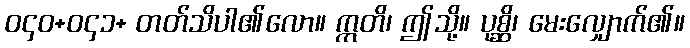
ဝ၄၀+ဝ၄၁+ တတ်သိပါ၏လော။ ဣတိ၊ ဤသို့။ ပုစ္ဆိ၊ မေးလျှောက်၏။